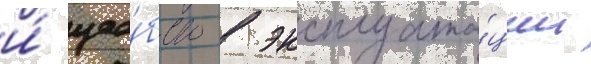
и́ удо́бство в эксплуата́ции